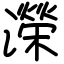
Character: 濚